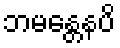
ဘမန္တေနပိ